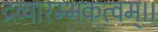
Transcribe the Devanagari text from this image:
द्रव्यारम्भकत्वम्।।